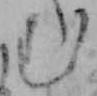
む